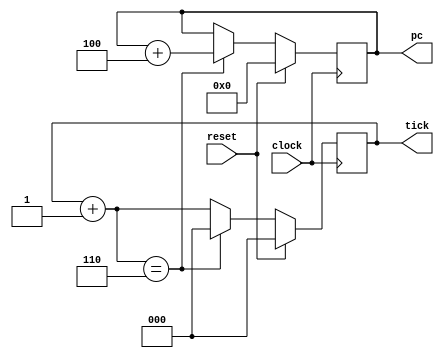
module pcTick(input clock, reset, output reg [31:0] pc, 
             output reg [2:0] tick);
    always @(posedge clock) begin
        if (reset) 
          begin
            pc = 0;
            tick = 0;
          end
        else begin
            tick = tick+1;
            if (tick == 6) begin
                tick = 0;
                pc = pc+4;
            end
            $monitor("%4dns %8x %1x", $stime, pc, tick);
        end
    end
endmodule

module main;
reg clock;
reg reset;
wire [2:0] tick;
wire [31:0] pc;

pcTick DUT (.clock(clock), .reset(reset), .pc(pc), .tick(tick));

initial
begin
  clock = 0;
  reset = 1;
  #100 reset=0;
  #2000 $finish;
end

always #50 clock=clock+1;
endmodule